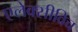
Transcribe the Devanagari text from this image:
एलेक्सीविच